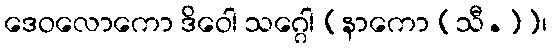
ဒေဝလောကော ဒိဝေါ သဂ္ဂေါ [နာကော (သီ.)]၊